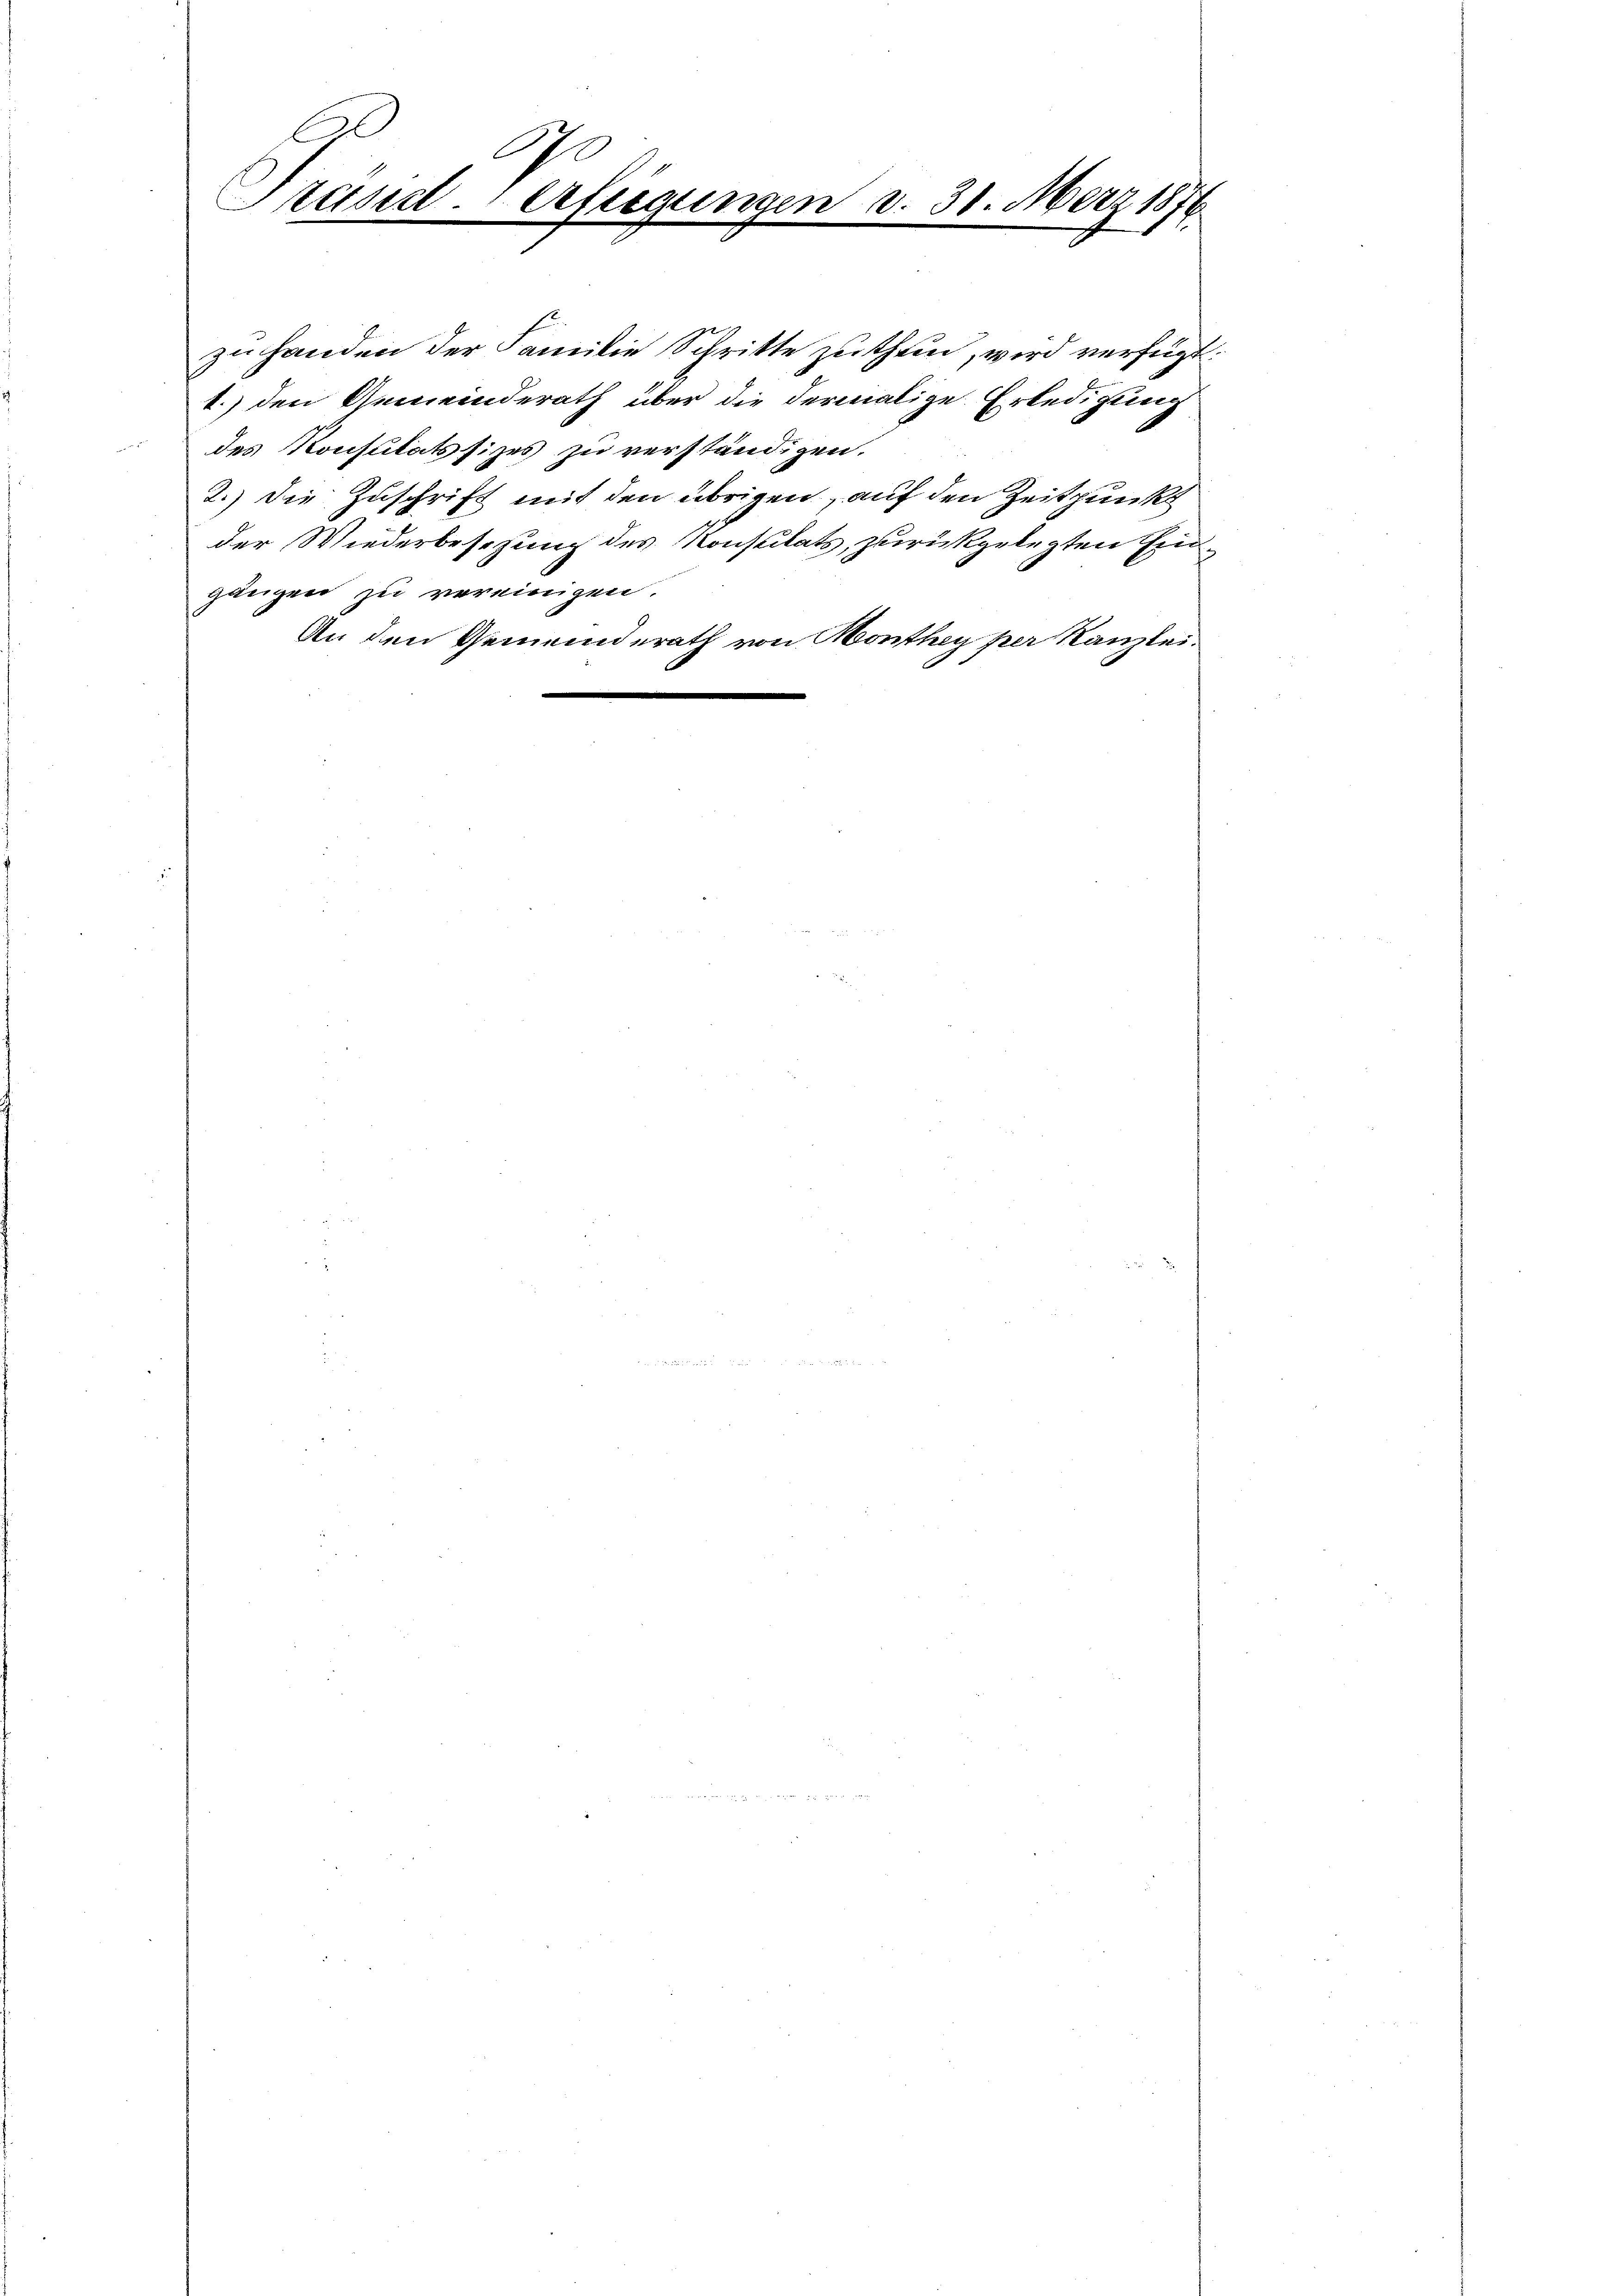
A
Präsid. erfügungen
e

v. 31. März 1876

zu handen der Familie Schritte zuthun, wird verfügt:
1.) den Gemeinderath über die dermalige Erledigung
des Konsulatssitzes zu verständigen.
2.) Die Zuschrift mit den übrigen, auf den Zeitpunkt
der Wiederbesezung des Konstitats, zurückgelegten Eingänzen zu vereinigen.
An den Gemeinderath von Monthey per Kanzlei.